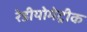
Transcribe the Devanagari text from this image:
रेडीयोमेट्रीक